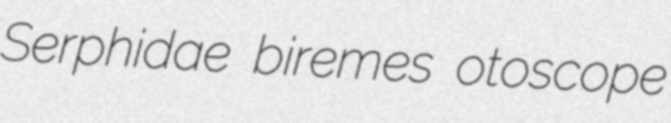
Serphidae biremes otoscope